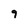
Character: 9